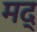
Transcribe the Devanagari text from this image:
मद्